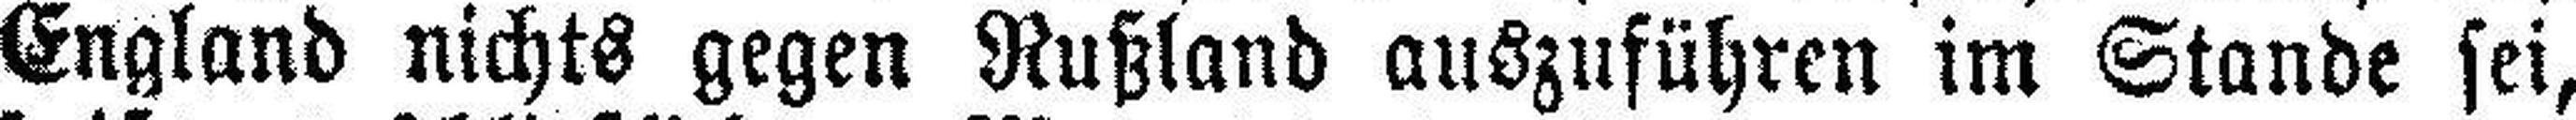
England nichts gegen Rußland auszuführen im Stande sei,